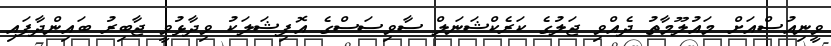
ވީނިއުސްއަށް މައުލޫމާތު ދެއްވި ޖަލުގެ ކަރެކްޝަނަލް ސާވިސަސްގެ އޮފިޝަލަކު ވިދާޅުވީ ޖާބިރު ބައިންދާފައި